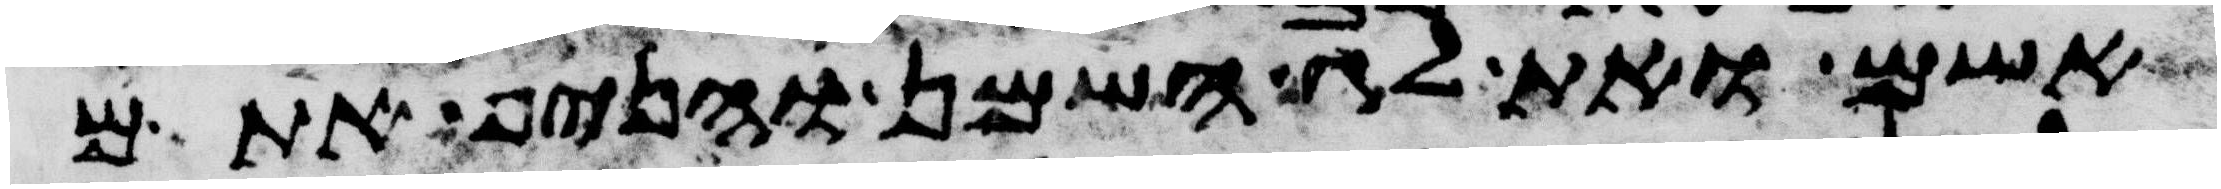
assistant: לאשם ואת לג השמן והניף אתם